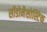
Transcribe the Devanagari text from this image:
सॉडोमैसोस्टिक